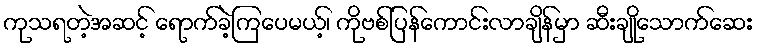
ကုသရတဲ့အဆင့် ရောက်ခဲ့ကြပေမယ့်၊ ကိုဗစ်ပြန်ကောင်းလာချိန်မှာ ဆီးချိုသောက်ဆေး